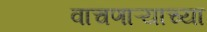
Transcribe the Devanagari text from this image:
वाचणाऱ्याच्या